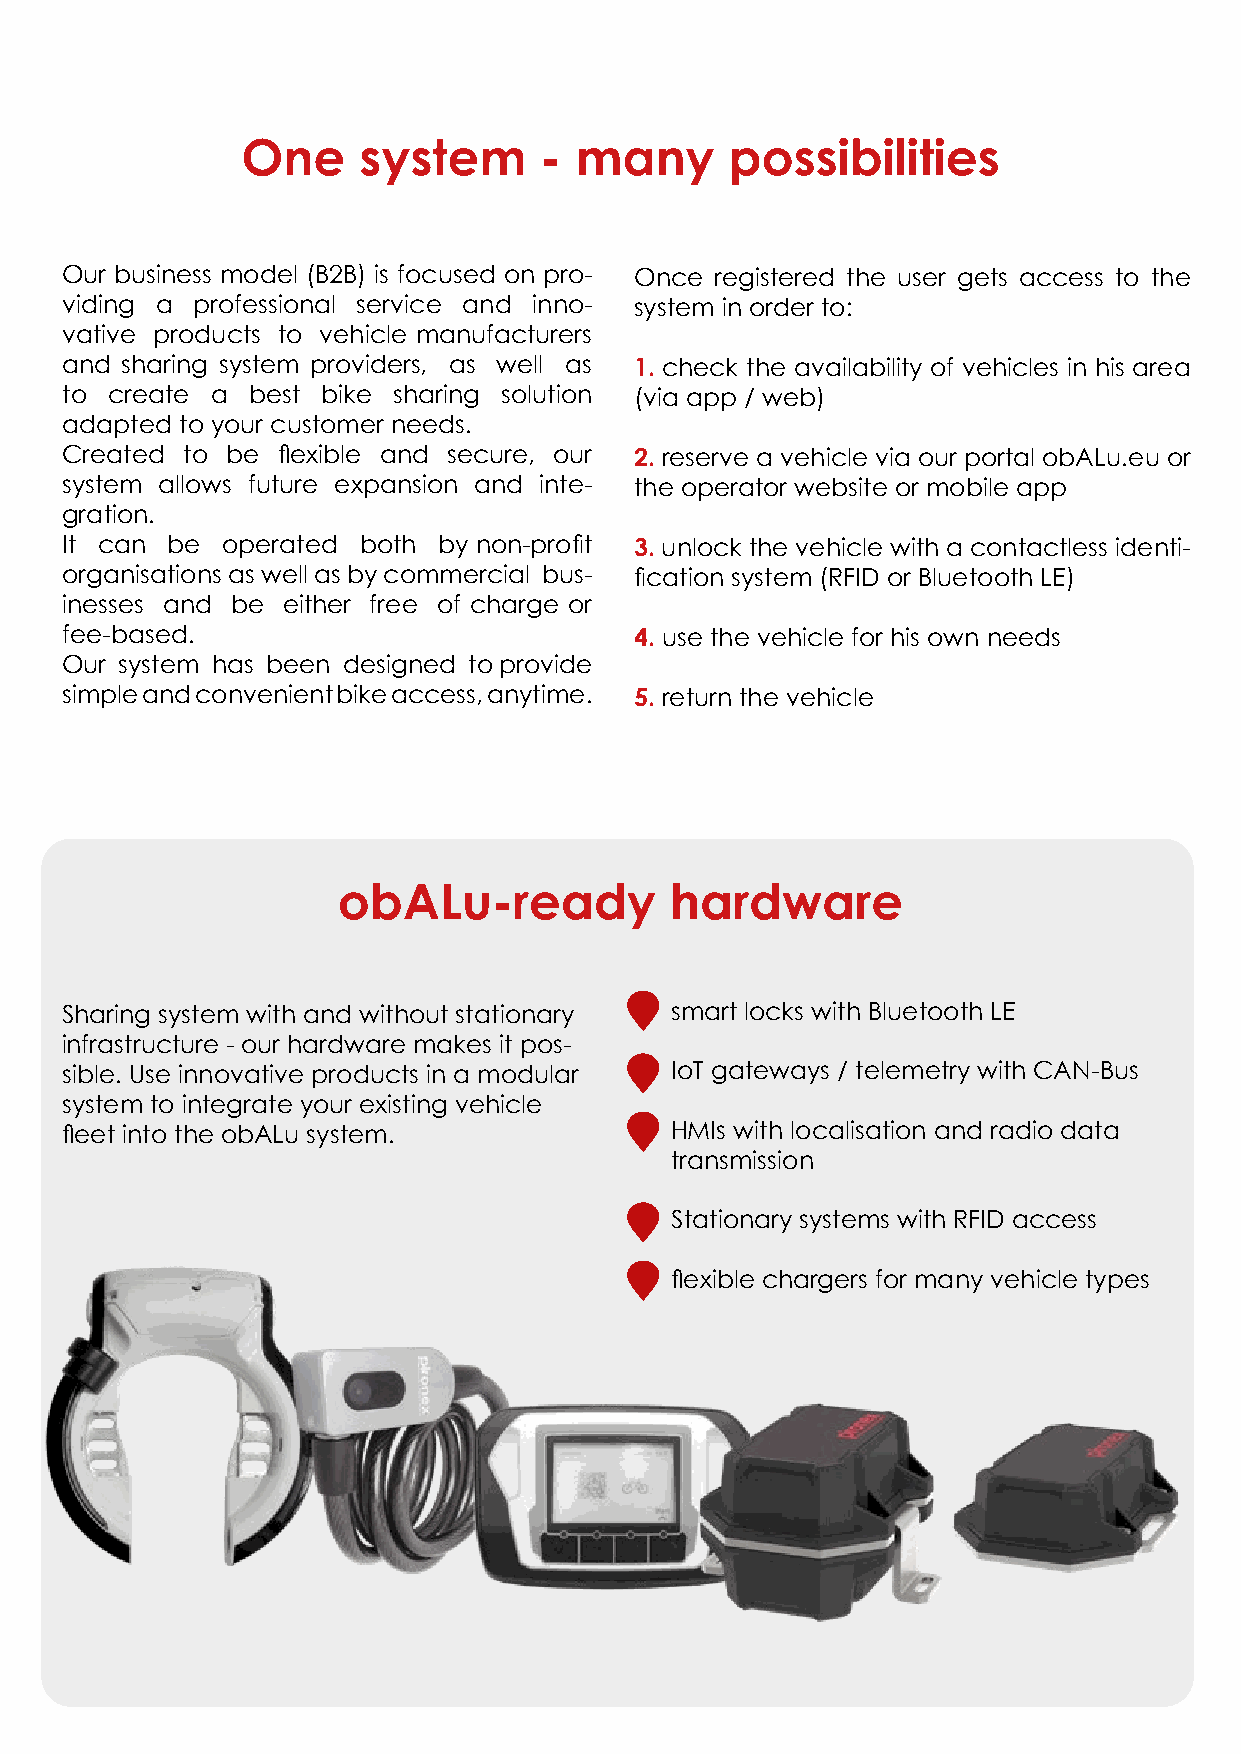
One     system      - many      possibilities
 Our business model (B2B) is focused on pro- Once registered the user gets access to the
 viding a professional service and inno- system in order to:
 vative products to vehicle manufacturers
 and sharing system providers, as well as 1. check the availability of vehicles in his area
 to create a best bike sharing solution (via app / web)
 adapted to your customer needs.
 Created to be flexible and secure, our 2. reserve a vehicle via our portal obALu.eu or
 system allows future expansion and inte- the operator website or mobile app
 gration.
 It can be  operated both by non-profit 3. unlock the vehicle with a contactless identi-
 organisations as well as by commercial bus- fication system (RFID or Bluetooth LE)
 inesses and be either free of charge or
 fee-based.                            4. use the vehicle for his own needs
 Our system has been designed to provide
 simple and convenient bike access, anytime. 5. return the vehicle
 obALu-ready           hardware
 Sharing system with and without stationary • smart locks with Bluetooth LE
 infrastructure - our hardware makes it pos-
 sible. Use innovative products in a modular • IoT gateways / telemetry with CAN-Bus
 system to integrate your existing vehicle
 fleet into the obALu system.          • HMIs with localisation and radio data
 transmission
 • Stationary systems with RFID access
 • flexible chargers for many vehicle types